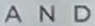
AND